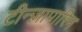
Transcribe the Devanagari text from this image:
टीन्ज़ापारिन